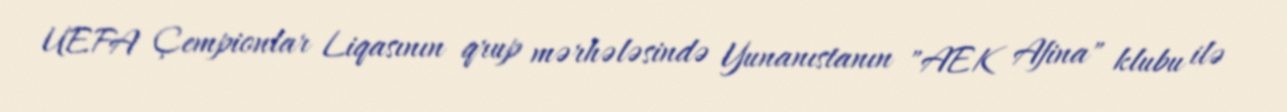
UEFA Çempionlar Liqasının qrup mərhələsində Yunanıstanın "AEK Afina" klubu ilə